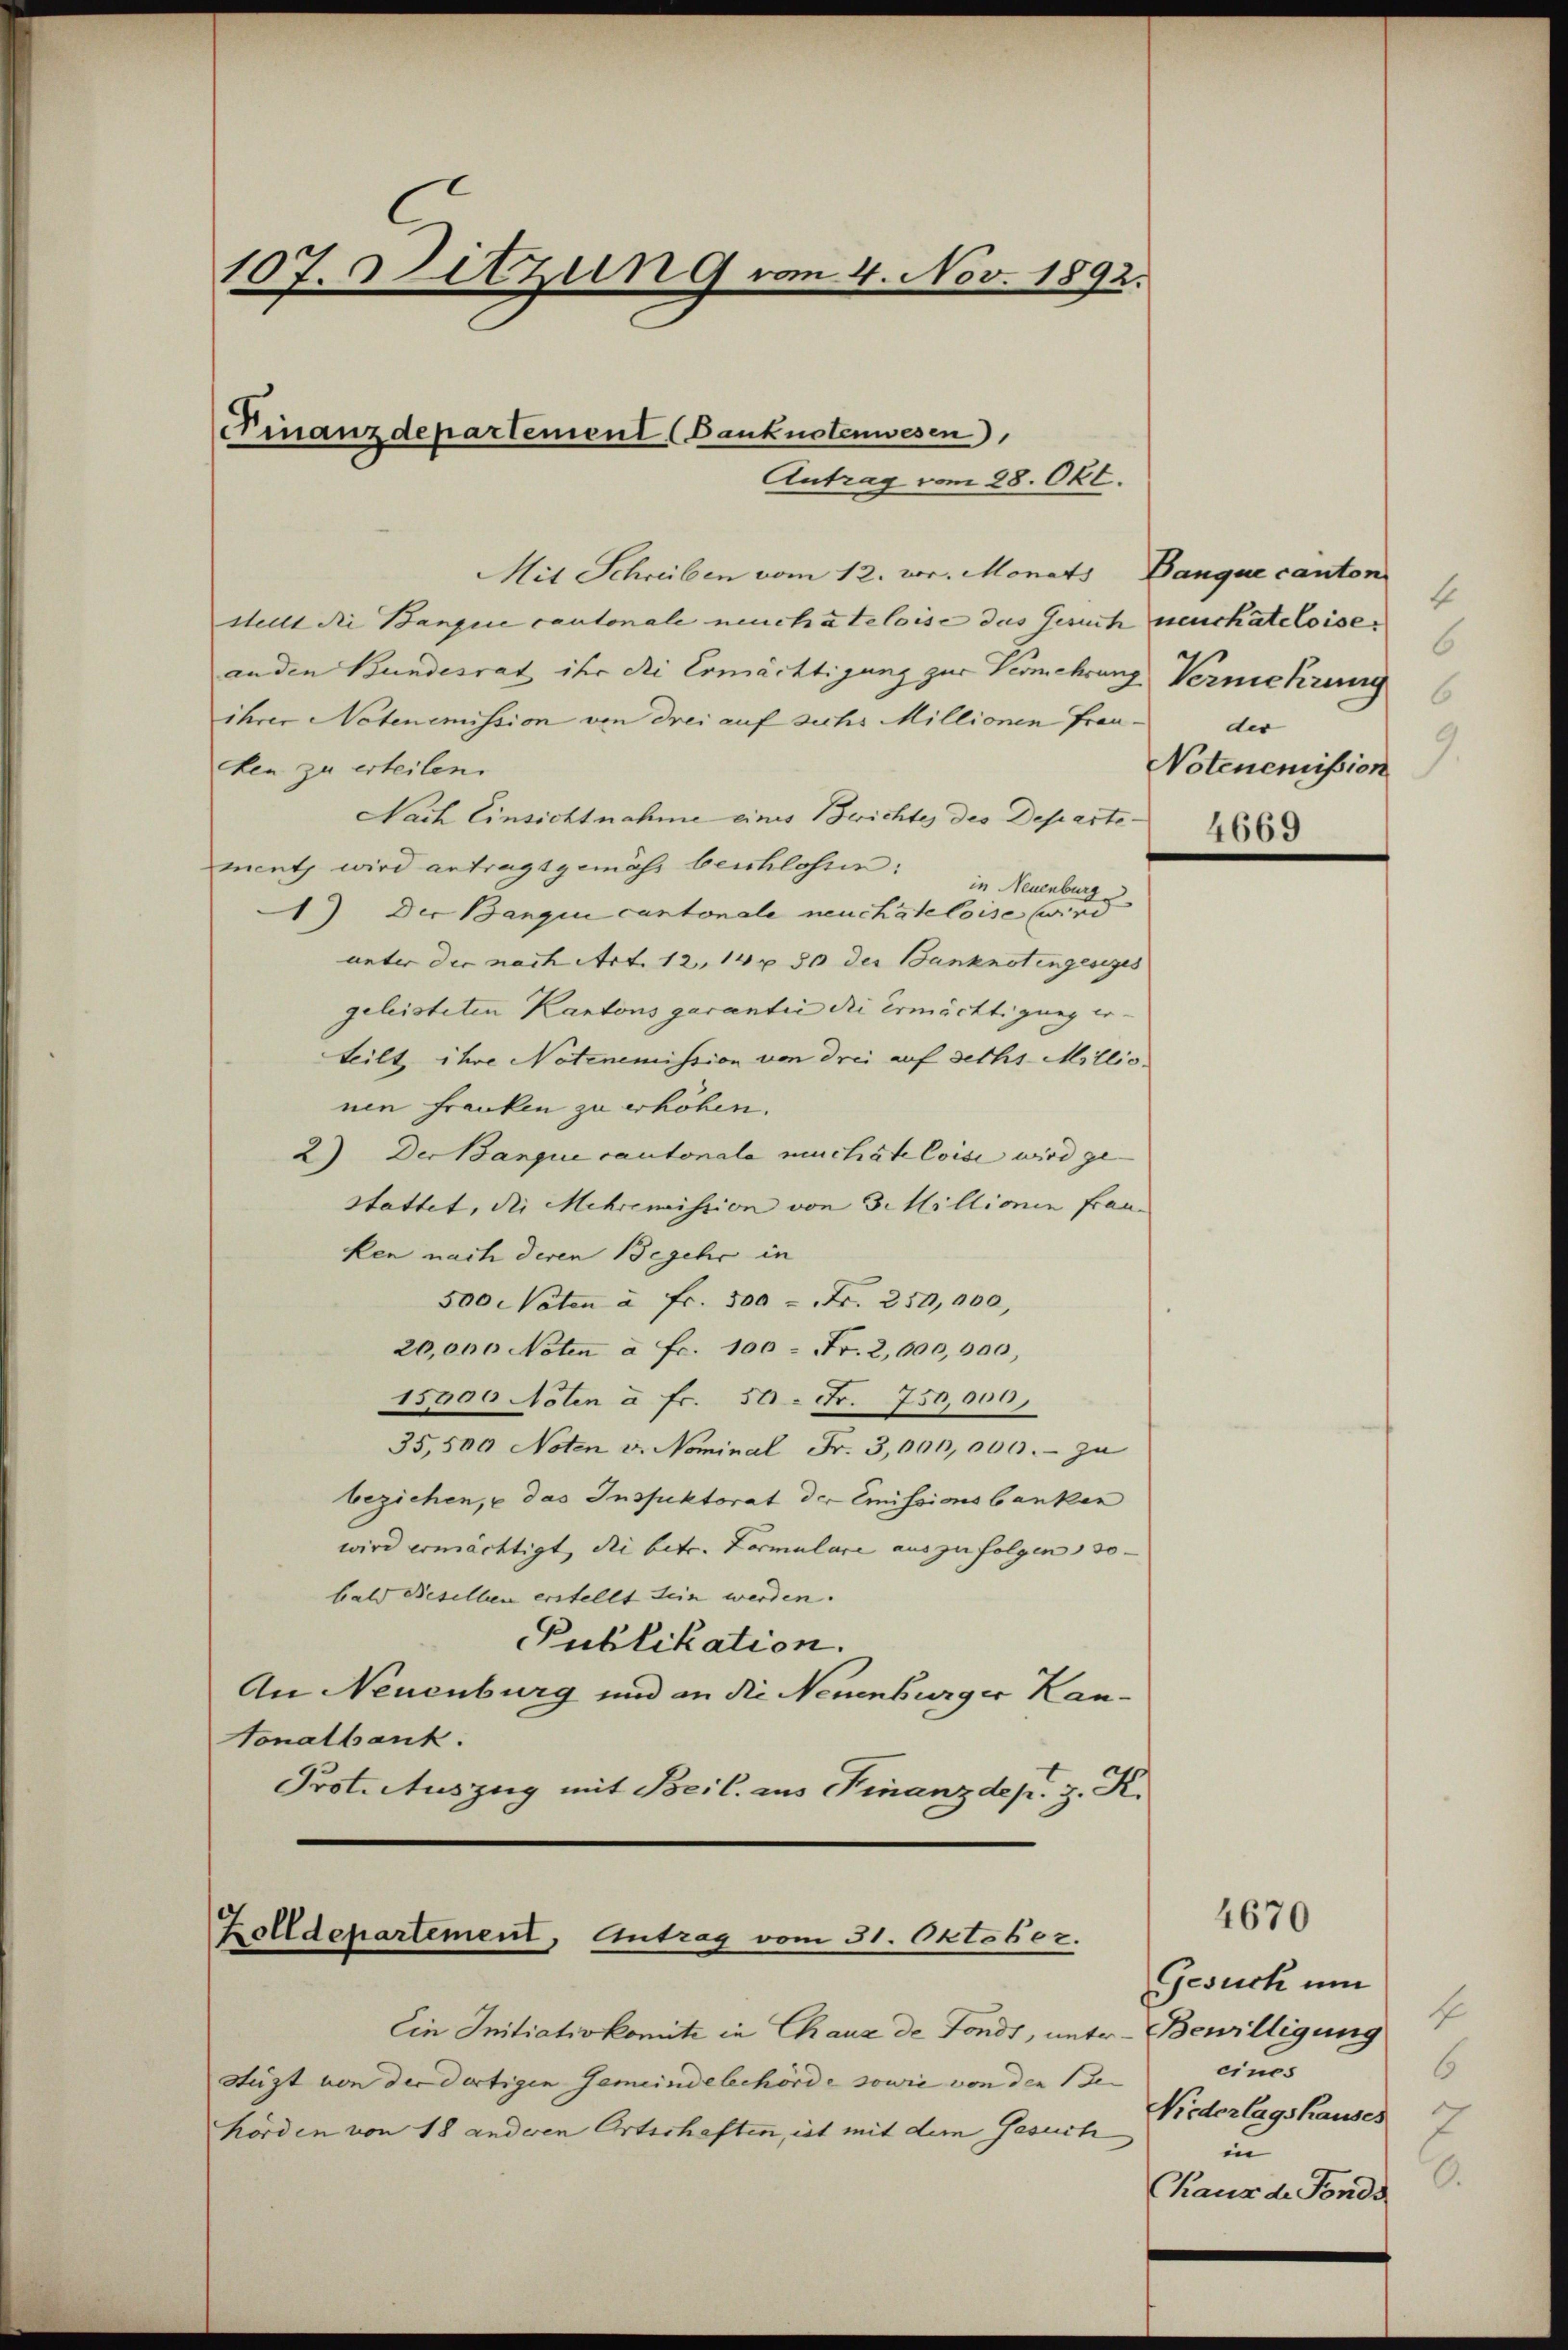
107. Sitzung vom 4. Nov. 1892.

Finanzdepartement (Danknotenwesen
Antrag vom 28. Okt.

Mit Schreiben vom 12. vor. Monats Banque canton
stellt die Bangire cantonale neuchâteloise das Gesuch neuchâteloise.
anden Bundesrat ihr die Ermächtigung zur Vermehrung Vermehrung
ihrer Notenemission von drei auf sichs Millionen Frau der
ten zu erteilen.
Nach Einsichtnahme eines Berichtes des Departement wird antragt gemäss beschlossen:
in Neuenburg
1) Der Bangin cantonale neuchâteloise wird
unter der nach Art. 12, 14 x 30 der Banknotengesieges
geleisteten Kantons garantie die Ermächtigung erteilt, ihre Notenemission von drei auf sechs Millio
nen Franken zu erhöhen.
2) Der Banque cantonale machete Coise wird ge-
stattet, die Mehremission von 3 Millionen Frau.
ken nach deren Begehr in
500 Noten à Fr. 500 = Fr. 250,000,
20,000 Noten à Fr. 100 = Fr. 2,000,000,
15000 Noten à Fr. 50 Fr. 750,000,
35,500 Noten v. Nominal Fr. 3,000,000. zu
beziehen, u das Inspektorat der Emissionsbanken
wird ermächtigt, die betr. Formulare aus zu folgen, 30.
bald dieselben erstellt sein werden. |
Publikation.
An Neuenburg und an die Neuenburger Kan¬
Vonalbank.
Prot. Auszug mit Beil. aus Finanzdep. z. K.

Zolldepartement, Antrag vom 31. Oktober.

Ein Initiativkomite in Chaux de Fonds, unter
Aüst von der dortigen Gemeindebehörde sowie von den Behörden von 18 anderen Ortschaften, ist mit dem Gesuch

4
6
6
9.
Notenemission

4669

4670

Gesuch um
f
Bewilligung
eines
6
Niederlagshauses
in
.
Chaus de Fonds